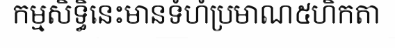
កម្មសិទ្ធិនេះមានទំហំប្រមាណ៥ហិកតា